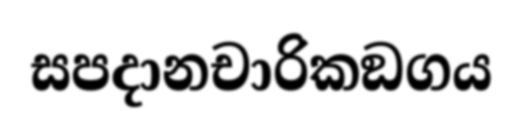
සපදානචාරිකඞගය